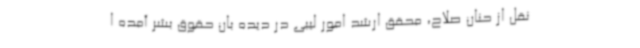
نقل از حنان صلاح، محقق ارشد امور لیبی در دیده بان حقوق بشر آمده ا